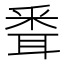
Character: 䎹